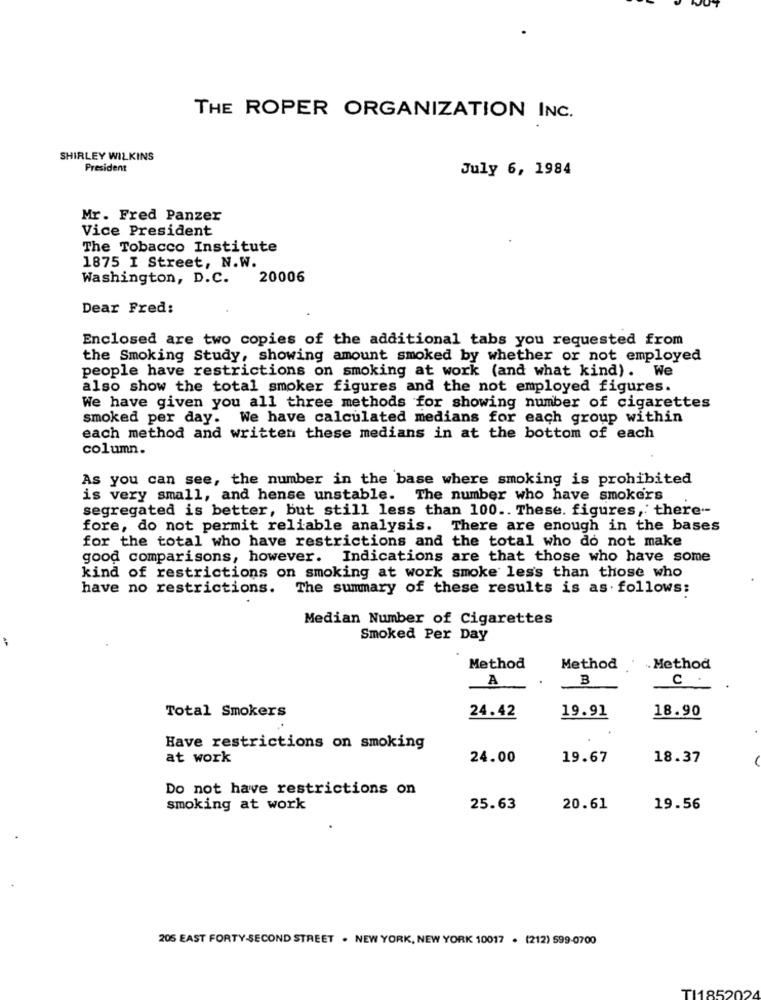
THE ROPER ORGANIZATION INC.
SHIRLEY WILKINS
President
July 6, 1984
Mr. Fred Panzer
Vice President
The Tobacco Institute
1875 I Street, N.W.
Washington, D.C. 20006
Dear Fred:
Enclosed are two copies of the additional tabs you requested from
the Smoking Study, showing amount smoked by whether or not employed
people have restrictions on smoking at work (and what kind). We
also show the total smoker figures and the not employed figures.
We have given you all three methods for showing number of cigarettes
smoked per day. We have calculated medians for each group within
each method and written these medians in at the bottom of each
column.
As you can see, the number in the base where smoking is prohibited
is very small, and hense unstable. The number who have smokers
segregated is better, but still less than 100 .. These. figures, there --
fore, do not permit reliable analysis. There are enough in the bases
for the total who have restrictions and the total who do not make
good comparisons, however. Indications are that those who have some
kind of restrictions on smoking at work smoke less than those who
have no restrictions. The summary of these results is as follows:
Median Number of Cigarettes
Smoked Per Day
Method
Method
. Method
B
c .
A
Total Smokers
24.42
19.91
18.90
Have restrictions on smoking
at work
24.00
19.67
18.37
Do not have restrictions on
smoking at work
25.63
20.61
19.56
205 EAST FORTY-SECOND STREET . NEW YORK, NEW YORK 10017 . (212) 599-0700
TI185202